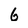
Character: 6